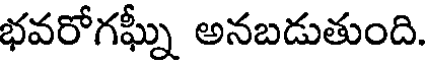
భవరోగఘ్నీ అనబడుతుంది.